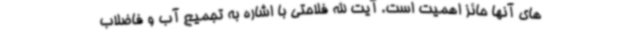
های آنها حائز اهمیت است. آیت الله فلاحتی با اشاره به تجمیع آب و فاضلاب